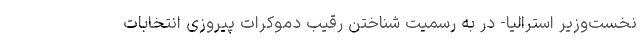
نخست‌وزیر استرالیا- در به رسمیت شناختن رقیب دموکرات پیروزی انتخابات